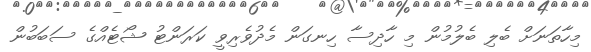
މިހާތަނަށް ބެލި ބެލުމުން މި ހާދިސާ ހިނގަން މެދުވެރިވީ ކަރަންޓު ޝޯޓެއްގެ ސަބަބުން